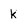
Character: k